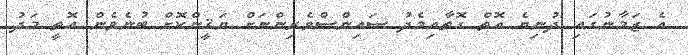
އެ ޒަމާނުގައި ދުނިޔެ އޮތް ގޮތާއިމެދު ސައިންސްވެރިންނަށް ޔަޤީންކޮށް ބުނެވެން އޮތީ މަދު